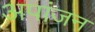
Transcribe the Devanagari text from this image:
अपांजन